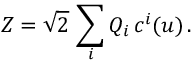
{ \cal Z } = \sqrt { 2 } \, \sum _ { i } Q _ { i } \, c ^ { i } ( u ) \, .